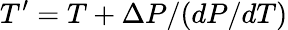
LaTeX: T^{\prime}=T+\Delta P/(dP/dT)